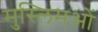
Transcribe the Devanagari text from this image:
मुस्लिमओं